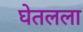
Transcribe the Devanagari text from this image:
घेतलला